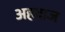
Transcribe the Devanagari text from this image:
अहवाज